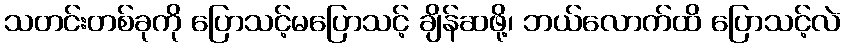
သတင်းတစ်ခုကို ပြောသင့်မပြောသင့် ချိန်ဆဖို့၊ ဘယ်လောက်ထိ ပြောသင့်လဲ